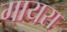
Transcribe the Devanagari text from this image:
गायरा